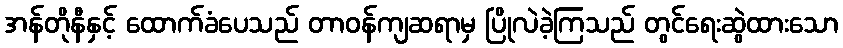
အန်တိုနီနှင့် ထောက်ခံပေသည် တာဝန်ကျဆရာမှ ပြိုလဲခဲ့ကြသည် တွင်ရေးဆွဲထားသော